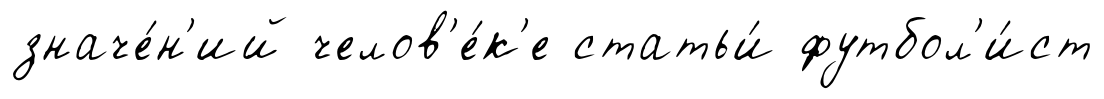
значе́н'ий челов'е́к'е статьи́ футбол'и́ст